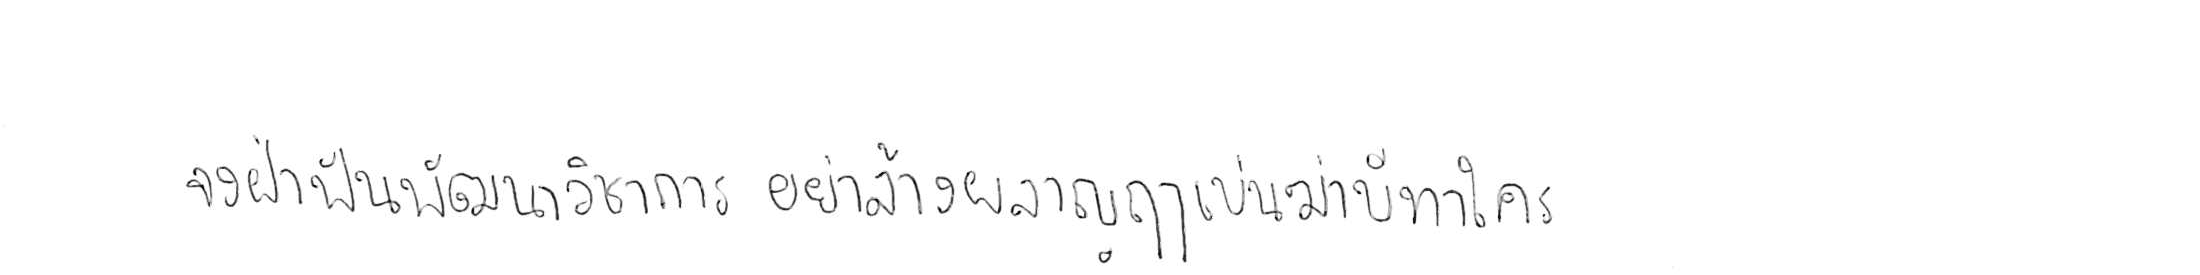
จงฝ่าฟันพัฒนาวิชาการ อย่าล้างผลาญฤๅเข่นฆ่าบีฑาใคร